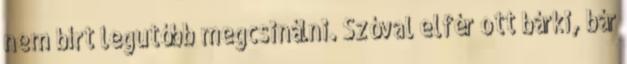
nem bírt legutóbb megcsinálni. Szóval elfér ott bárki, bár